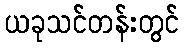
ယခုသင်တန်းတွင်